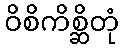
ဝိစိကိစ္ဆိတုံ